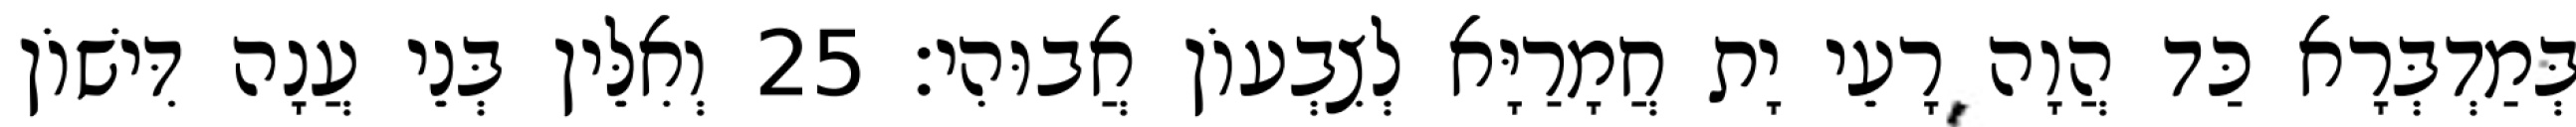
בְּמַדְבְּרָא כַּד הֲוָה רָעֵי יָת חֲמָרַיָּא לְצִבְעוֹן אֲבוּהִי׃ 25 וְאִלֵּין בְּנֵי עֲנָה דִּישׁוֹן